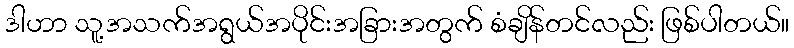
ဒါဟာ သူ့အသက်အရွယ်အပိုင်းအခြားအတွက် စံချိန်တင်လည်း ဖြစ်ပါတယ်။